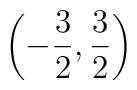
\left( -\frac{3}{2},\frac{3}{2}\right) \protect